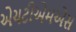
એચટીએમએસ